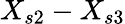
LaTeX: X_{s2}-X_{s3}